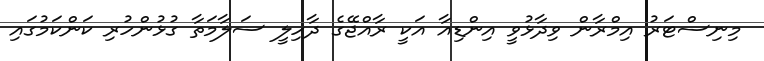
މިނިސްޓަރު އިމްރާން ވިދާޅުވީ އިންޑިއާ އަކީ ރާއްޖޭގެ ދާހިލީ ސަލާމަތާ ގުޅުންހުރި ކަންކަމުގައި